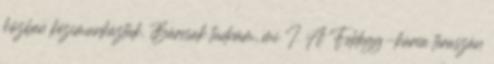
közben kézimunkáztak. Bárcsak tudnám, mi I. A Feldegg-kúria teraszán